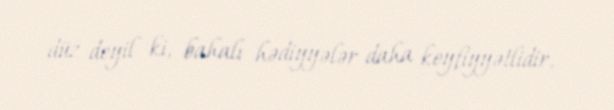
düz deyil ki, bahalı hədiyyələr daha keyfiyyətlidir.